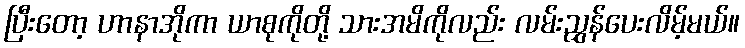
ပြီးတော့ ဟာနာအိုကာ ယာစုကိုတို့ သားအမိကိုလည်း လမ်းညွှန်ပေးလိမ့်မယ်။